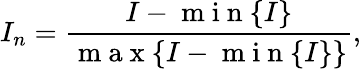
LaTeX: I_{n}=\frac{I-\mathrm{~m~i~n~}\{ I\} }{\mathrm{~m~a~x~}\{ I-\mathrm{~m~i~n~}\{ I\} \} },